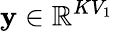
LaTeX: \mathbf{y}\in\mathbb{R}^{KV_{1}}